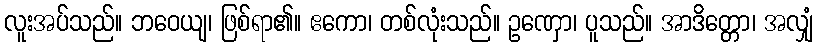
လူးအပ်သည်။ ဘဝေယျ၊ ဖြစ်ရာ၏။ ဧကော၊ တစ်လုံးသည်။ ဥဏှော၊ ပူသည်။ အာဒိတ္တော၊ အလျှံ